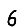
Digit: 6